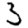
Digit: 3